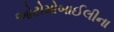
ઓટોમોબાઈલીના